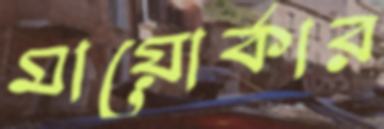
মায়োর্কার